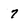
Character: 7